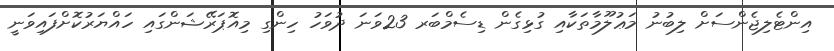
އިންޓެލިޖެންސަށް ލިބުނު މަޢުލޫމާތަކާއި ގުޅިގެން ޑިސެމްބަރ 23ވަނަ ދުވަހު ހިންގި މިއޮޕަރޭޝަންގައި ހައްޔަރުކޮށްފައިވަނީ